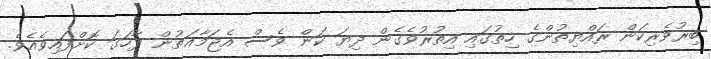
ބިރުވެރިކަން ރައްޔިތުންގެ ހިތުގައި އިތުރުވެގެން ދިޔަ ކަން ވެސް އެޖަމާޢަތުން ފާހަގަ ކޮށްފައިވެއެވެ.